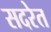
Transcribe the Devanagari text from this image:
सदरेत